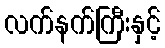
လက်နက်ကြီးနှင့်